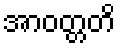
အာဝတ္တတိ